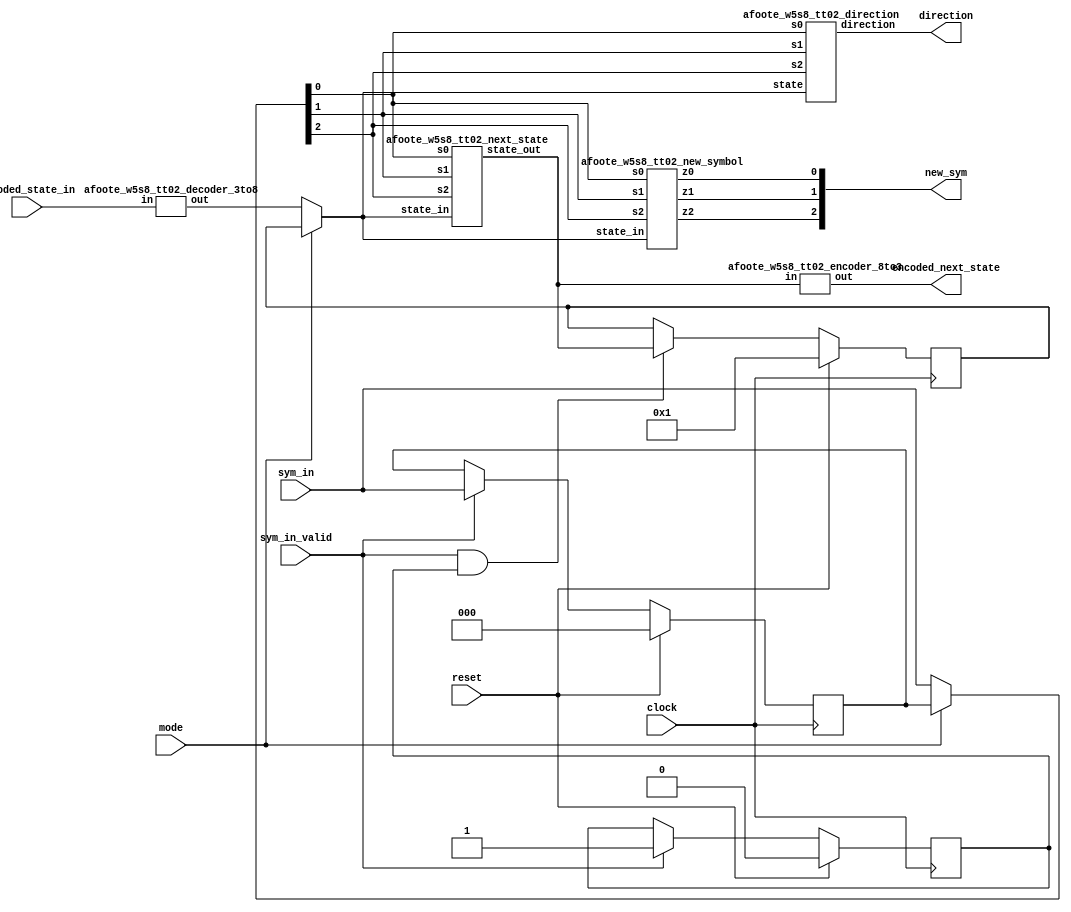
`default_nettype none
module afoote_w5s8_tt02_utm_core(
    input clock,
    input reset,
    input mode,
    input [2:0] encoded_state_in,
    input [2:0] sym_in,
    input sym_in_valid,
    output [2:0] new_sym,
    output direction,
    output [2:0] encoded_next_state
);

reg [7:0] stored_state;
reg [2:0] symbuf;
reg symbuf_valid;

wire [7:0] state_in;
wire [7:0] state;
wire [7:0] next_state;
wire [2:0] sym;

always @(posedge clock) begin
    if (reset) begin
        stored_state <= 8'h01;
    end
    else if (sym_in_valid && symbuf_valid) begin
        stored_state <= next_state;
    end
    else begin
        stored_state <= stored_state;
    end
end

always @(posedge clock) begin
    if (reset) begin
        symbuf <= 3'b0;
    end
    else if (sym_in_valid) begin
        symbuf <= sym_in;
    end
    else begin
        symbuf <= symbuf;
    end
end

always @(posedge clock) begin
    if (reset) begin
        symbuf_valid <= 0;
    end
    else if (sym_in_valid) begin
        symbuf_valid <= 1;
    end
    else begin
        symbuf_valid <= symbuf_valid;
    end
end

afoote_w5s8_tt02_decoder_3to8 decode_state_in(
    .in(encoded_state_in),
    .out(state_in)
);

assign state = (mode == 0) ? state_in : stored_state;
assign sym = (mode == 0) ? sym_in : symbuf;

afoote_w5s8_tt02_direction direction_block(
    .state(state),
    .s2(sym[2]),
    .s1(sym[1]),
    .s0(sym[0]),
    .direction(direction)
);

afoote_w5s8_tt02_next_state next_state_block(
    .state_in(state),
    .s2(sym[2]),
    .s1(sym[1]),
    .s0(sym[0]),
    .state_out(next_state));

afoote_w5s8_tt02_new_symbol new_sym_block(
    .state_in(state),
    .s2(sym[2]),
    .s1(sym[1]),
    .s0(sym[0]),
    .z2(new_sym[2]),
    .z1(new_sym[1]),
    .z0(new_sym[0])
);

afoote_w5s8_tt02_encoder_8to3 encode_state_out(
    .in(next_state),
    .out(encoded_next_state)
);

endmodule

`default_nettype none
module afoote_w5s8_tt02_direction(
    input [7:0] state,
    input s2,
    input s1,
    input s0,
    // 0 = left, 1 = right
    output direction
);

wire a,b,c,d,e,f,g,h;

assign a = state[0];
assign b = state[1];
assign c = state[2];
assign d = state[3];
assign e = state[4];
assign f = state[5];
assign g = state[6];
assign h = state[7];

assign direction = ((a | e | f) & s1)
                 | (((a & s0) | b | c | (e & s0) | f | g | h) & s2)
                 | ((d | (e & (~s1) & (~s0))) & (~s2))
                 | (g & (~s1));
endmodule

`default_nettype none
module afoote_w5s8_tt02_next_state(
    input [7:0] state_in,
    input s2,
    input s1,
    input s0,
    output [7:0] state_out
);

wire a,b,c,d,e,f,g,h;

assign a = state_in[0];
assign b = state_in[1];
assign c = state_in[2];
assign d = state_in[3];
assign e = state_in[4];
assign f = state_in[5];
assign g = state_in[6];
assign h = state_in[7];

wire sym_0;
assign sym_0 = (~s2) & (~s1) & (~s0);

// next H
assign state_out[7] = s2 & ((s0 & (b | c)) | h);

// next G
assign state_out[6] = (s2 & ( ((b | c) & (~s0)) | g)) | (f & s1);

// next F
assign state_out[5] = (e & (~s2) & s0) | (f & (~(s2 | s1))) | (s1 & (g | h));

// next E
assign state_out[4] = (a & s2 & (~s0)) | (d & (~s2) & s0) | (e & (s1 | (s2 & s0)));

// next D
assign state_out[3] = (b & s1) | (d & s2) | (e & (~s1) & (~s0));

// next C
assign state_out[2] = (a & (~s2) & s0) | (c & (~(s2 | s1))) | (d & sym_0);

// next B
assign state_out[1] = (a & sym_0) | (b & (~(s2 | s1))) | (c & s1) | (f & s2);

// next A
assign state_out[0] = (a & (s1 | (s2 & s0))) | (d & s1) | ((g | h) & (~(s2 | s1)));

endmodule

`default_nettype none
module afoote_w5s8_tt02_new_symbol(
    input [7:0] state_in,
    input s2,
    input s1,
    input s0,
    output z2,
    output z1,
    output z0
);

wire a,b,c,d,e,f,g,h;

assign a = state_in[0];
assign b = state_in[1];
assign c = state_in[2];
assign d = state_in[3];
assign e = state_in[4];
assign f = state_in[5];
assign g = state_in[6];
assign h = state_in[7];

assign z2 = ((~s2) & b) | (d & s0) | c | (e & (s0 | s1)) | (f & (~(s2 | s1)));
assign z1 = (a & (~s2)) | (d & (s2 | s1) & (~s0)) | (e & s2 & (~s0));
assign z0 = (s0 & ((a & s2) | (~a))) | (h & s1);

endmodule

module afoote_w5s8_tt02_decoder_3to8(
    input [2:0] in,
    output [7:0] out
);

assign out[0] = (~in[2]) & (~in[1]) & (~in[0]);
assign out[1] = (~in[2]) & (~in[1]) & ( in[0]);
assign out[2] = (~in[2]) & ( in[1]) & (~in[0]);
assign out[3] = (~in[2]) & ( in[1]) & ( in[0]);
assign out[4] = ( in[2]) & (~in[1]) & (~in[0]);
assign out[5] = ( in[2]) & (~in[1]) & ( in[0]);
assign out[6] = ( in[2]) & ( in[1]) & (~in[0]);
assign out[7] = ( in[2]) & ( in[1]) & ( in[0]);

endmodule

module afoote_w5s8_tt02_encoder_8to3(
    input [7:0] in,
    output [2:0] out
);

assign out[0] = in[1] | in[3] | in[5] | in[7];
assign out[1] = in[2] | in[3] | in[6] | in[7];
assign out[2] = in[4] | in[5] | in[6] | in[7];
endmodule

`default_nettype none
module afoote_w5s8_tt02_top(
  input [7:0] io_in,
  output [7:0] io_out
);

wire mode;
wire clock;
wire reset;

wire direction;

wire sym_valid;
wire [2:0] sym_in;
wire [2:0] new_sym;

// 1-hot state in & out
wire [7:0] state_in;
wire [7:0] state_out;

// 3-bit dense encoding of state in & out
wire [2:0] encoded_state_in;
wire [2:0] encoded_state_out;

assign mode = io_in[7];
assign clock = io_in[0];
assign reset = (mode == 0) ? 1'b1 : io_in[1];

assign encoded_state_in = (mode == 0) ? io_in[3:1] : 3'b0;
assign io_out[7:5] = encoded_state_out;

assign sym_valid = (mode == 0) ? 1'b0 : io_in[2];
assign sym_in = io_in[6:4];
assign io_out[4:2] = new_sym;

assign io_out[1] = direction;
assign io_out[0] = 1'b0;

afoote_w5s8_tt02_utm_core core(
    .clock(clock),
    .reset(reset),
    .mode(mode),
    .encoded_state_in(encoded_state_in),
    .sym_in(sym_in),
    .sym_in_valid(sym_valid),
    .new_sym(new_sym),
    .direction(direction),
    .encoded_next_state(encoded_state_out)
);

endmodule